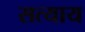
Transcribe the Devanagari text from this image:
सत्याय